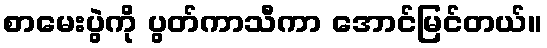
စာမေးပွဲကို ပွတ်ကာသီကာ အောင်မြင်တယ်။